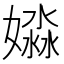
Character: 𡡺